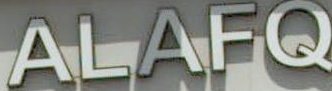
ALAFQ